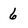
Character: 6